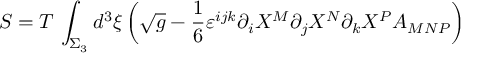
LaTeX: S = T \, \int _ { \Sigma _ { 3 } } d ^ { 3 } \xi \left( \sqrt { g } - \frac { 1 } { 6 } \varepsilon ^ { i j k } \partial _ { i } X ^ { M } \partial _ { j } X ^ { N } \partial _ { k } X ^ { P } A _ { M N P } \right)